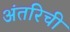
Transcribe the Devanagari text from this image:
अंतरिची